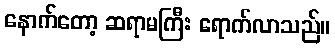
နောက်တော့ ဆရာမကြီး ရောက်လာသည်။